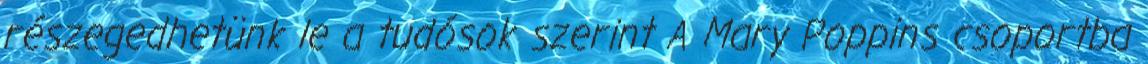
részegedhetünk le a tudósok szerint A Mary Poppins csoportba